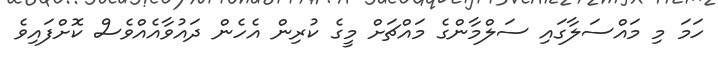
ހަމަ މި މައްސަލާގައި ސަލްމާންގެ މައްޗަށް މީގެ ކުރިން އެހެން ދައުވާއެއްވެސް ކޮށްފައިވެ